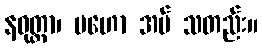
နဝုတ္တာ၊ မဟော အပ် သတည်း။